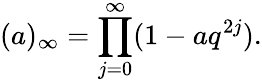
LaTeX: (a)_{\infty}=\prod_{j=0}^{\infty}(1-aq^{2j}).